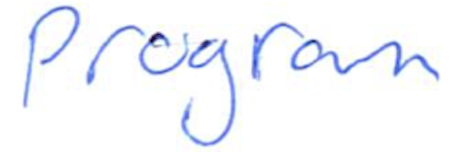
Text: program
Cross-out: clean
Writing tool: ballpoint